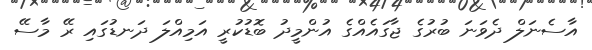
އާސެނަލް ދެވަނަ ބުރުގެ ޖާގައެއްގެ އުންމީދު ބޮޑުކުރީ އަމިއްލަ ދަނޑުގައި ރޭ މާސޭ